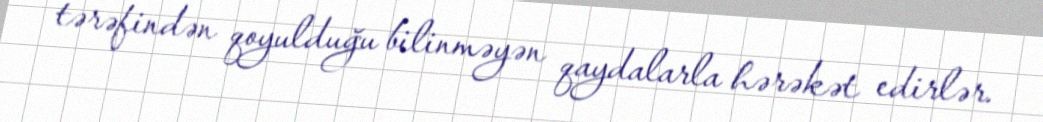
tərəfindən qoyulduğu bilinməyən qaydalarla hərəkət edirlər.